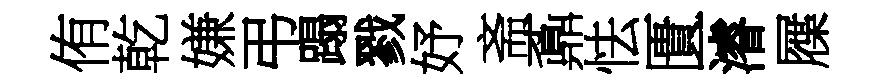
侑乾嫌弔蹋戮妤斋鼒怯匱濬屧